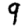
Digit: 9